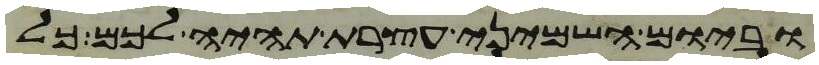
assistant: וביום השמיני עצרת תהיה לכם כל